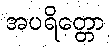
အပရိတ္တော